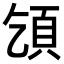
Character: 𩑔